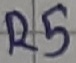
Text: R5